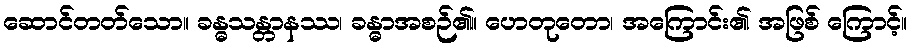
ဆောင်တတ်သော။ ခန္ဓသန္တာနဿ၊ ခန္ဓာအစဉ်၏။ ဟေတုတော၊ အကြောင်း၏ အဖြစ် ကြောင့်။